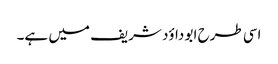
اسی طرح ابو داؤد شریف میں ہے۔